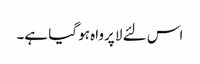
اس لئے لا پرواہ ہو گیا ہے۔